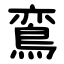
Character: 鵉